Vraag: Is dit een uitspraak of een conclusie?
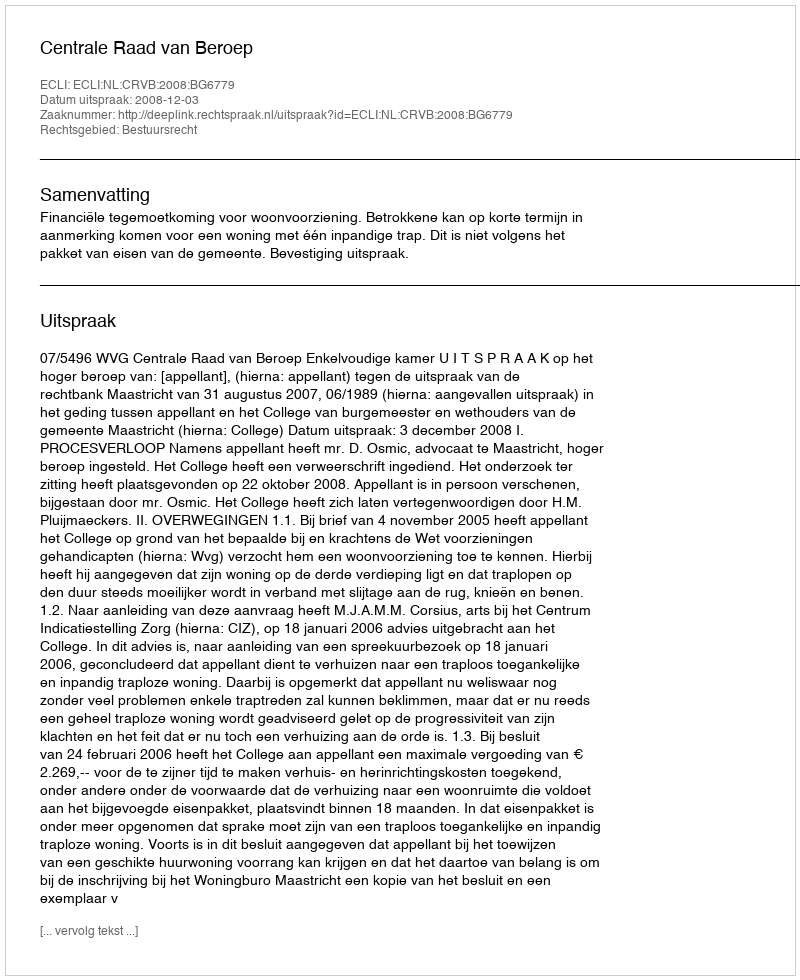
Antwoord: Uitspraak